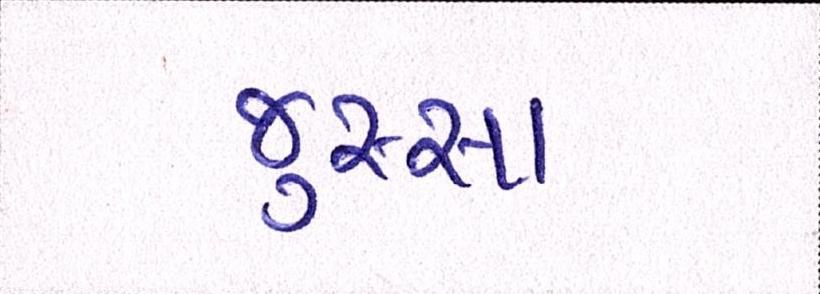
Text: જુસ્સા